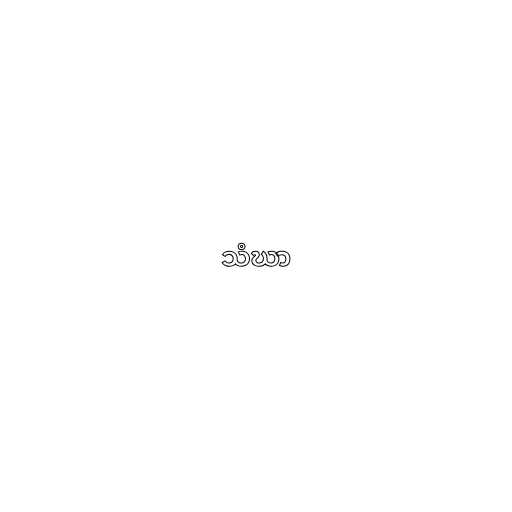
သံဃာ